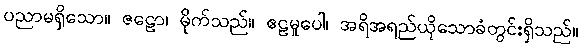
ပညာမရှိသော။ ဇဠော၊ မိုက်သည်။ ဧဠမူပေါ၊ အရိအရည်ယိုသောခံတွင်းရှိသည်။